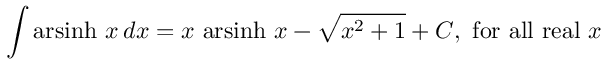
\int \operatorname { a r s i n h } \, x \, d x = x \, \operatorname { a r s i n h } \, x - { \sqrt { x ^ { 2 } + 1 } } + C , { \mathrm { ~ f o r ~ a l l ~ r e a l ~ } } x